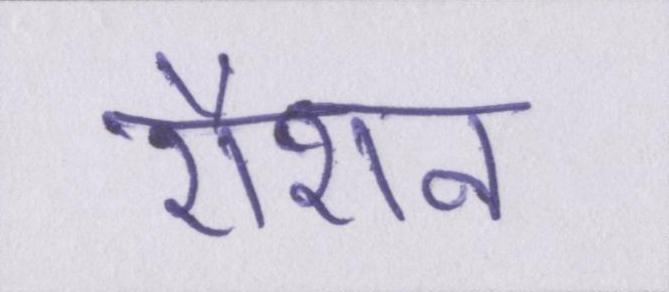
रौशन